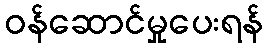
ဝန်ဆောင်မှုပေးရန်